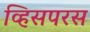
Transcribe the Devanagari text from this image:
व्हिसपरस